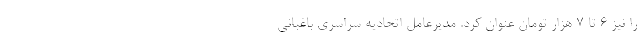
را نیز 6 تا 7 هزار تومان عنوان کرد. مدیرعامل اتحادیه سراسری باغبانی